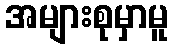
အများစုမှာမူ